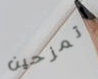
أتمزحين